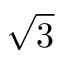
\sqrt { 3 }